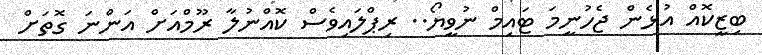
ބިޒީކޮއް އުޅެން ޖެހުނީމަ ޓައިމް ނުވީޔޯ.. ރިޕްލައިވެސް ކޮއްނުލާ ރޫމްއަށް އަންނަ ގޮތަށް